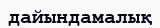
дайындамалық